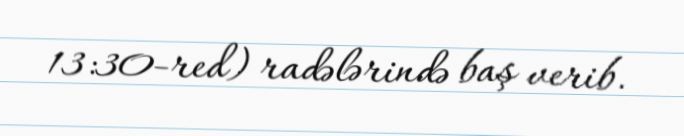
13:30-red) radələrində baş verib.